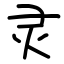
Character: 灵